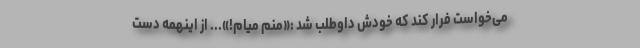
می‌خواست فرار کند که خودش داوطلب شد :«منم میام!»... از اینهمه دست